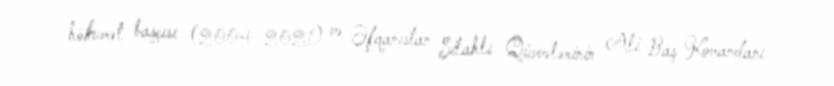
hökumət başçısı (2004–2021) və Əfqanıstan Silahlı Qüvvələrinin Ali Baş Komandanı